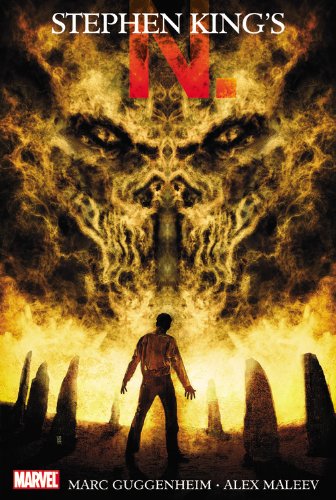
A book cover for Stephen King's N.; Marc Guggenheim; Comics & Graphic Novels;